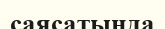
саясатында